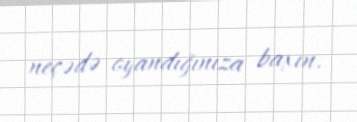
neçədə oyandığınıza baxın.